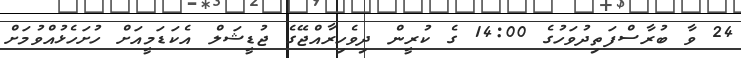
24 ވާ ބުރާސްފަތިދުވަހުގެ 14:00 ގެ ކުރީން ދިވެހިރާއްޖޭގެ ޖުޑީޝަލް އެކަޑަމީއަށް ހުށަހެޅުއްވުމަށް